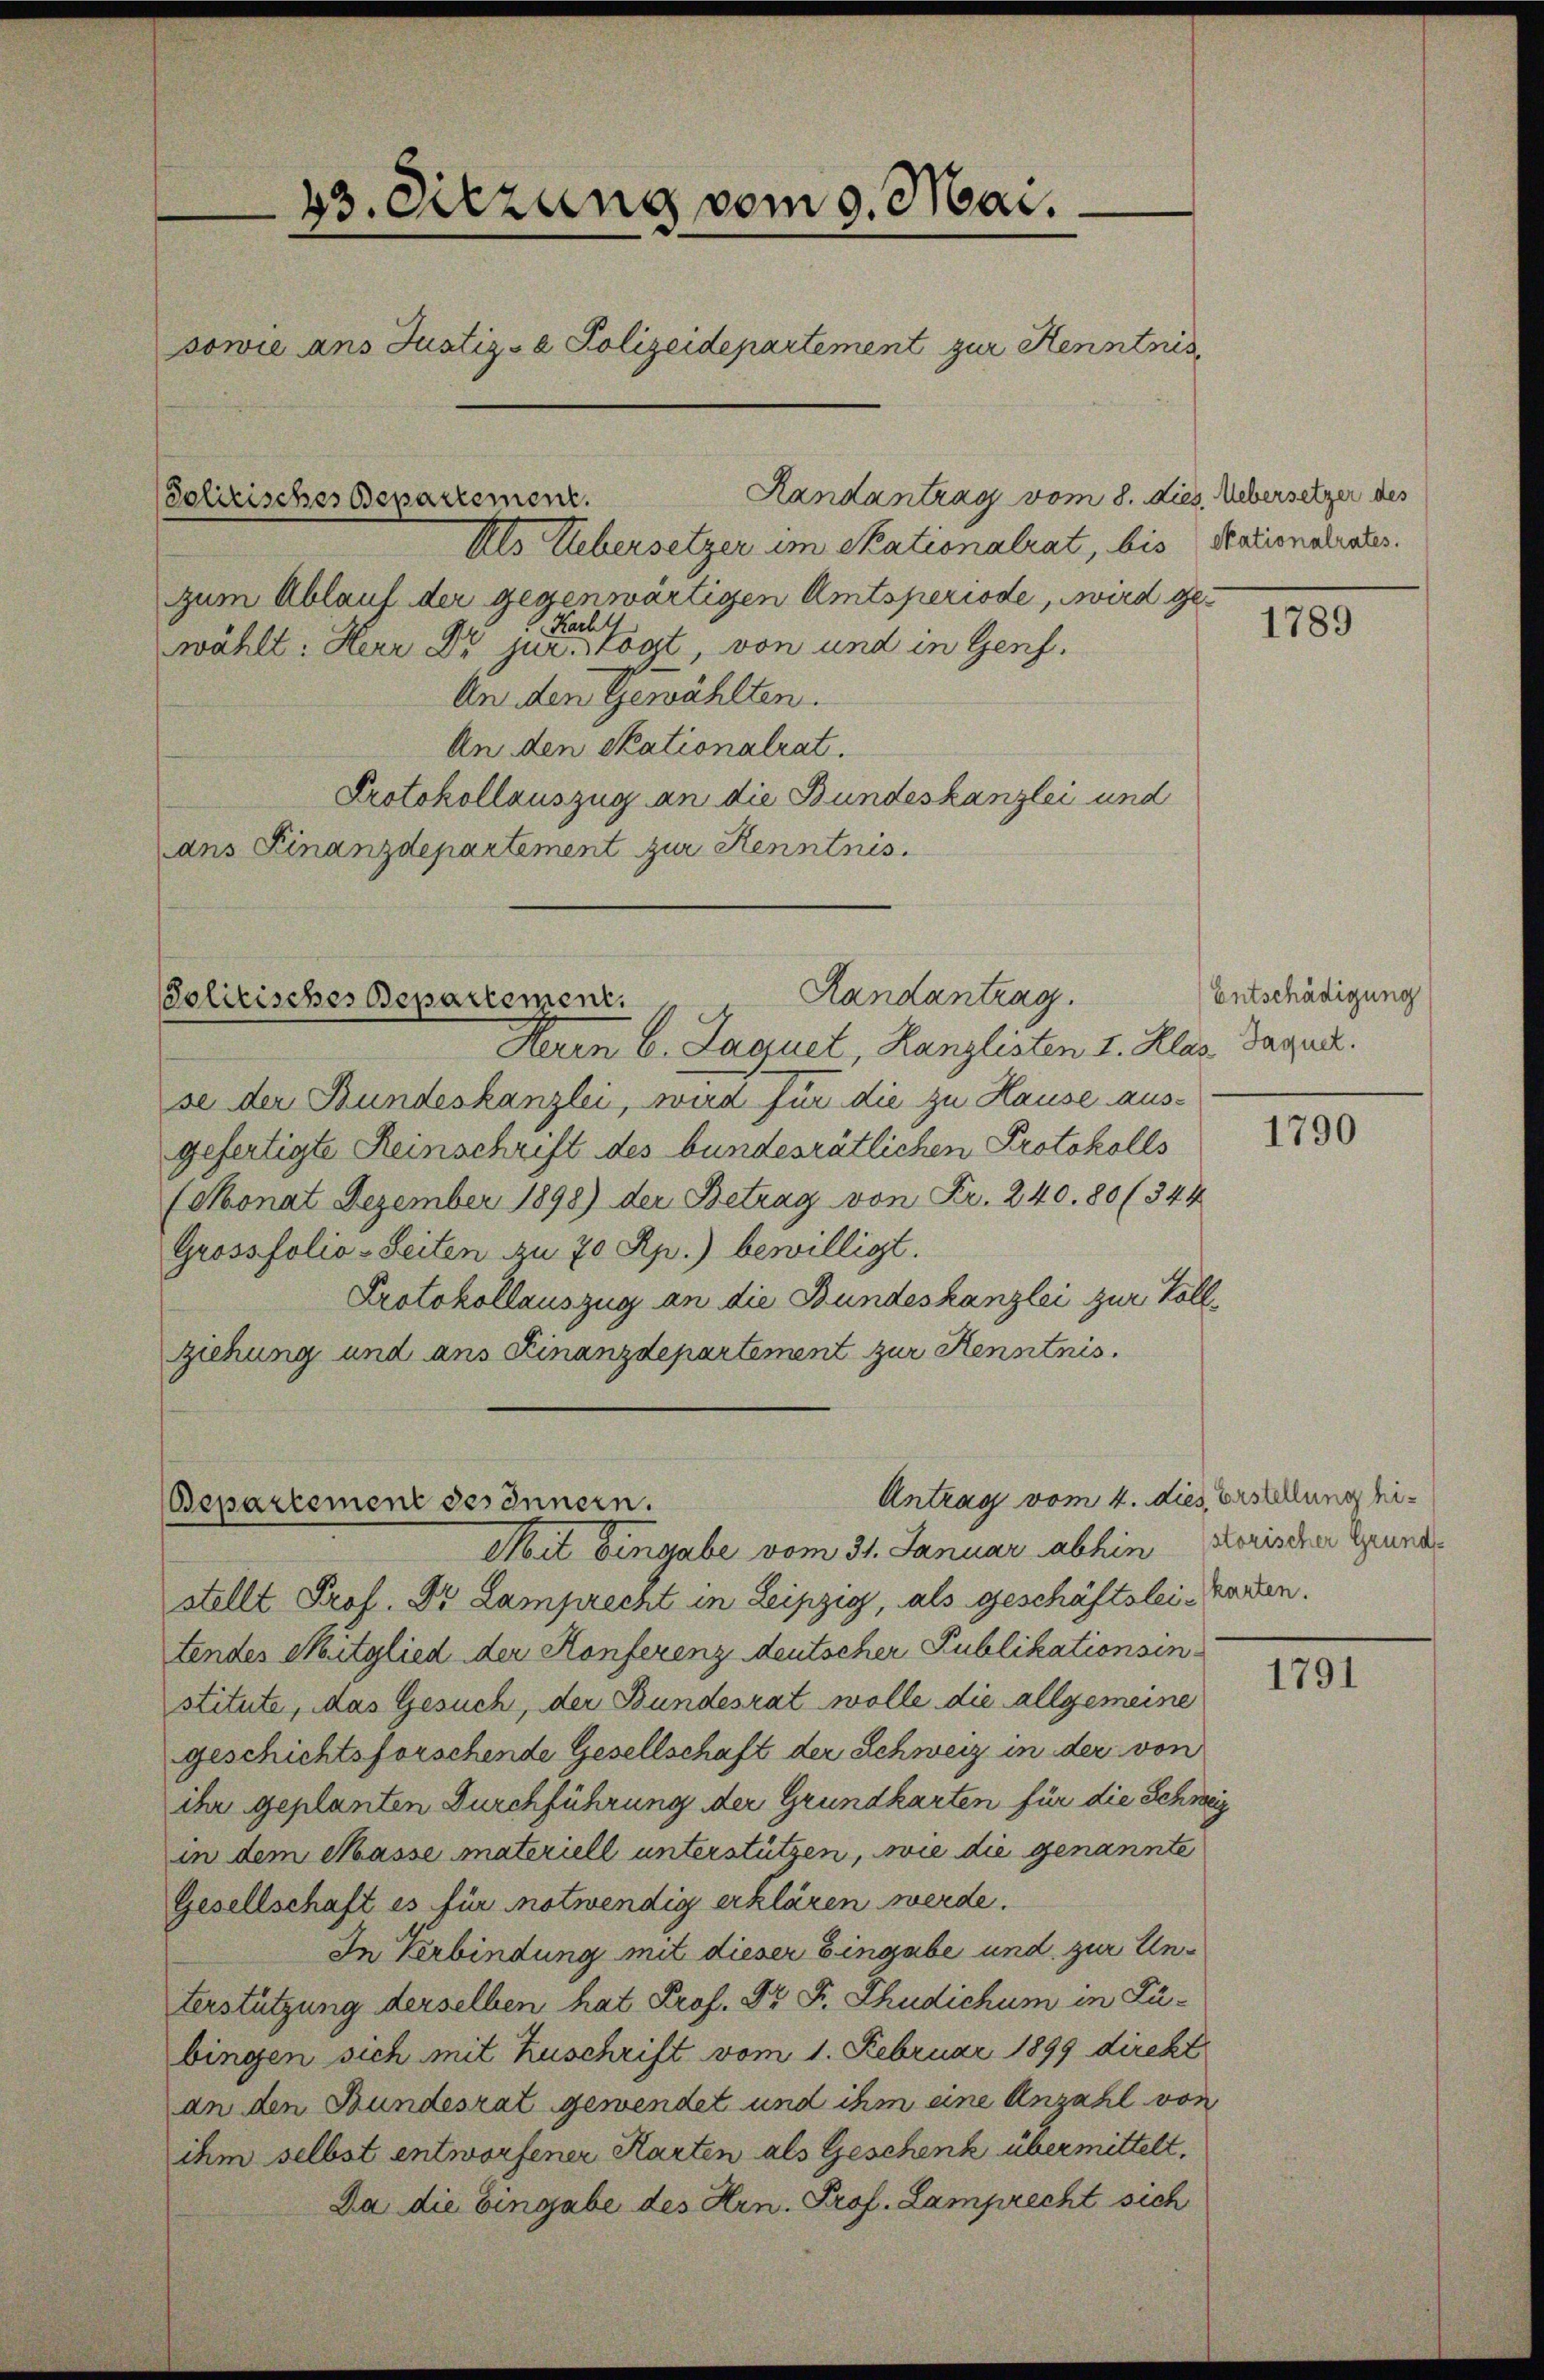
43. Sitzung vom 9. Mai.
sowie ans Justiz- & Polizeidepartement zur Kenntnis

Solitisches Departement.

Randantrag.
Politisches Departement.

Bepartement des Innern.

Randantrag vom 8. dies. Uebersetzer des
Als Uebersetzer im Skationalrat, bis Stationalistes.
zum Ablauf der gegenwärtigen Amtsperiode, wird ge¬
 Kachst
wählt: Herr Dr jur. Vogt, von und in Genf.
An den Gewählten.
An den Skationalrat.
Protokollauszug an die Bundeskanzlei und
ans Finanzdepartement zur Kenntnis

Ham 6. Jaquet, Kanzlisten I. Klas. Dagudl.
se der Bundeskanzlei, wird für die zu Hause ausgefertigte Reinschrift des bundesrätlichen Protokolls
(Monat Dezember 1898) der Betrag von Fr. 240. 80 (344
Grossfolio-Seiten zu 70 Rp.) bewilligt.
Protokollauszug an die Bundeskanzlei zur Vollziehung und ans Finanzdepartement zur Kenntnis.

Antrag vom 4. dies Erstellung hi¬
Mit Eingabe vom 31. Januar abhin Korischer Grundstellt Prof. Dr. Lamprecht in Leipzig, als geschäftslei-Garten.
tendes Mitglied der Konferenz deutscher Publikationsinstitute, das Gesuch, der Bundesrat wolle die allgemeine
geschichtsforschende Gesellschaft der Schweiz in der von
ihr geplanten Durchführung der Grundkarten für die Schweiz
in dem Masse materiell unterstützen, wie die genannte
Gesellschaft es für notwendig erklären werde.
In Verbindung mit dieser Eingabe und zur Unterstützung derselben hat Prof. Dr. Fr. Thudichum in Zübingen sich mit Zuschrift vom 1. Februar 1899 direkt
an den Bundesrat gewendet und ihm eine Anzahl von
ihm selbst entworfener Karten als Geschenk übermittelt.
Da die Eingabe des Hrn. Prof. Lamprecht sich

1789

Entschädigung

1790

1791